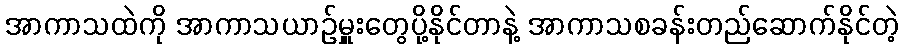
အာကာသထဲကို အာကာသယာဉ်မှူးတွေပို့နိုင်တာနဲ့ အာကာသစခန်းတည်ဆောက်နိုင်တဲ့